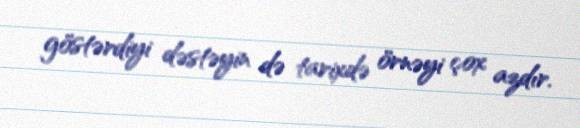
göstərdiyi dəstəyin də tarixdə örnəyi çox azdır.